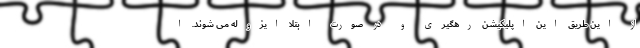
از این طریق این اپلیکیشن رهگیری و در صورت ابتلا ایزوله می شوند. ا